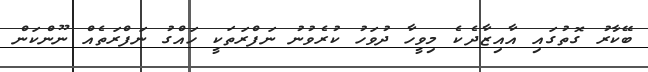
ބޭކާރު ގޮތުގައި އާއިޒާދެކެ މިވީހާ ދުވަހު ކުރެވުނު ނަފްރަތަކީ ހައްގު ނަފްރަތެއް ނޫންކަން